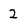
Character: 2